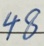
4 8